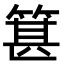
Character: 𥯓